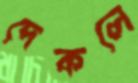
দেকলে